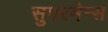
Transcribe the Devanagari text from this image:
सुपरमेन्स